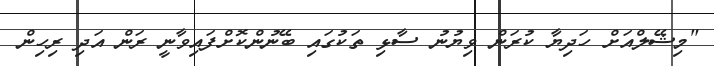
"މިޝޭލްއަށް ހަދިޔާ ކުރަން ވިޔުނު ސާޅި ތަކުގައި ބޭނުންކޮށްފައިވާނީ ރަން އަދި ރިހިން